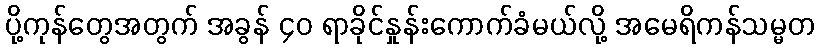
ပို့ကုန်တွေအတွက် အခွန် ၄၀ ရာခိုင်နှုန်းကောက်ခံမယ်လို့ အမေရိကန်သမ္မတ